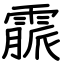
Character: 霢